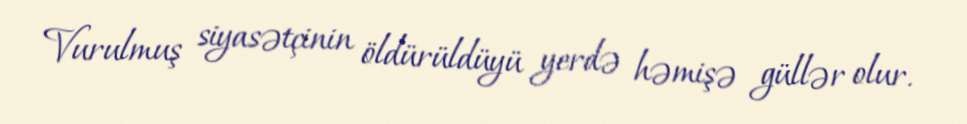
Vurulmuş siyasətçinin öldürüldüyü yerdə həmişə güllər olur.